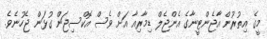
މީގެ އިތުރުން އާޖެންޓީނާގެ އެންޖެލް ޑިމާރިއާ އަށް ވެސް އޮކްސިޖަން ގުޅަން ޖެހުނެވެ.